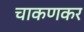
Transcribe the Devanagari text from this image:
चाकणकर